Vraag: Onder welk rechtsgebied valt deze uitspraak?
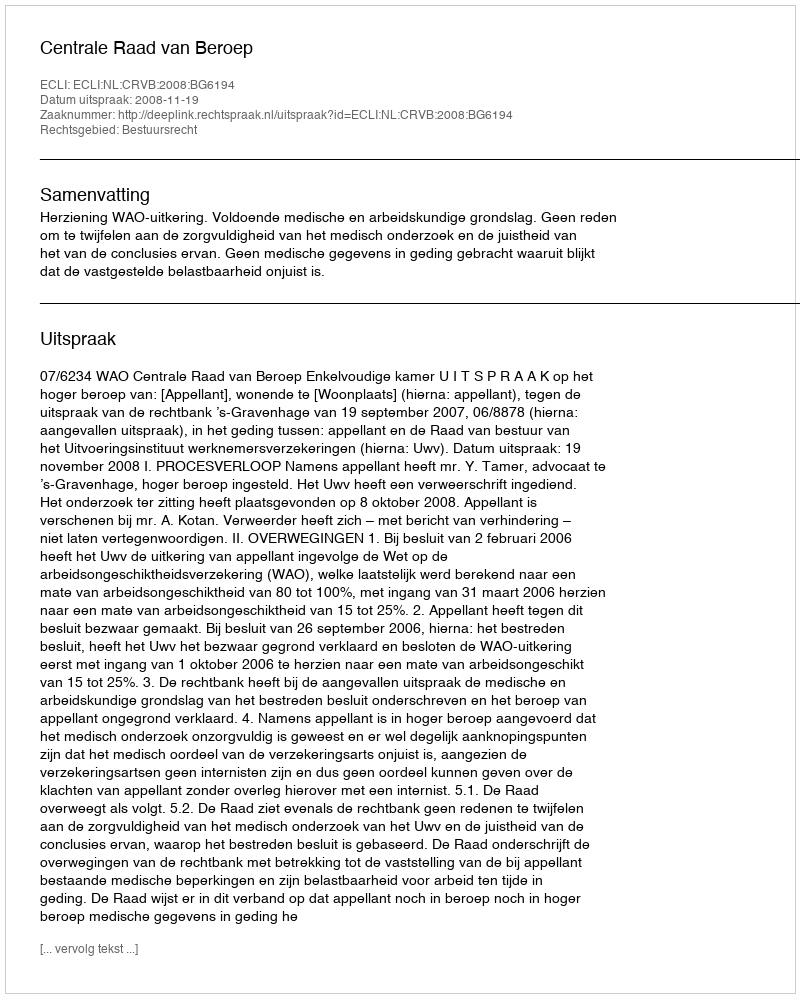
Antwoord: Bestuursrecht